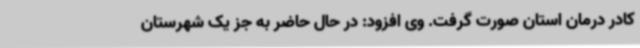
کادر درمان استان صورت گرفت. وی افزود: در حال حاضر به جز یک شهرستان